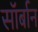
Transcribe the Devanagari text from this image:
सॉर्बान